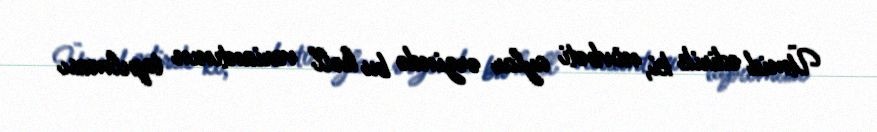
Ümid edirik ki, növbəti aylar ərzində bu həll variantının tapılması